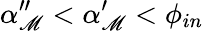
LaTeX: \alpha_{\mathscr{M}}^{\prime\prime}<\alpha_{\mathscr{M}}^{\prime}<\phi_{in}